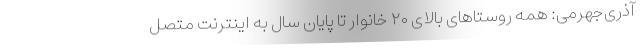
آذری‌جهرمی: همه روستاهای بالای ۲۰ خانوار تا پایان سال به اینترنت متصل